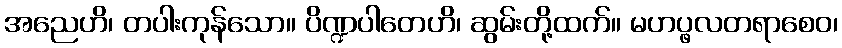
အညေဟိ၊ တပါးကုန်သော။ ပိဏ္ဍပါတေဟိ၊ ဆွမ်းတို့ထက်။ မဟပ္ဖလတရာစေဝ၊